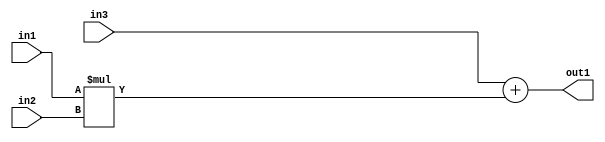
`timescale 1ps / 1ps
/*****************************************************************************
    Verilog RTL Description
    
    
    Created by: Stratus DpOpt 21.05.01 
*******************************************************************************/

module SobelFilter_Add2Mul2s32s32s32_1 (
	in3,
	in2,
	in1,
	out1
	); /* architecture "behavioural" */ 
input [31:0] in3,
	in2,
	in1;
output [31:0] out1;
wire [31:0] asc001;

wire [31:0] asc001_tmp_0;
assign asc001_tmp_0 = 
	+(in3);
assign asc001 = asc001_tmp_0
	+(in1 * in2);

assign out1 = asc001;
endmodule

/* CADENCE  uLDySQ8= : u9/ySxbfrwZIxEzHVQQV8Q== ** DO NOT EDIT THIS LINE ******/